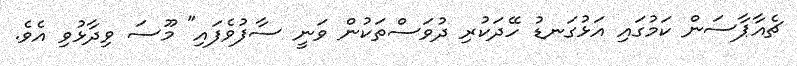
ޗެއާޕާސަން ކަމުގައި އަޅުގަނޑު ހޭދަކުރި ދުވަސްތަކުން ވަނީ ސާފުވެފައި" މޫސަ ވިދާޅުވި އެވެ.